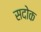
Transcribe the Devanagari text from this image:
सदोक